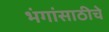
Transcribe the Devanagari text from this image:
भंगांसाठीचे